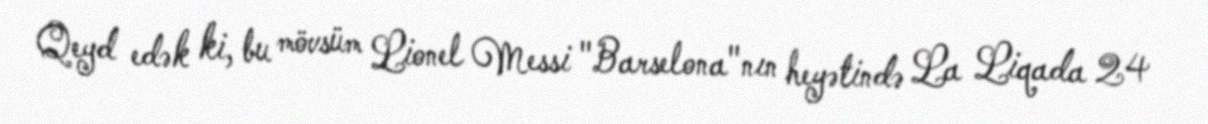
Qeyd edək ki, bu mövsüm Lionel Messi "Barselona"nın heyətində La Liqada 24